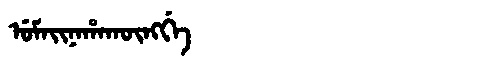
Manchu: ᡠᠮᠠᡳᠨᠠᡥᠠᡴᡡᠩᡤᡝ
Romanization: UMAINAHAKŪNGGE